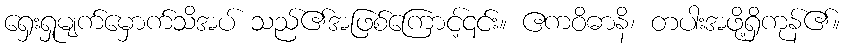
ရှေးရှုမျက်မှောက်သိအပ် သည်၏အဖြစ်ကြောင့်၎င်း။ ဧကဝိဓာနိ၊ တပါးအဖို့ရှိကုန်၏။